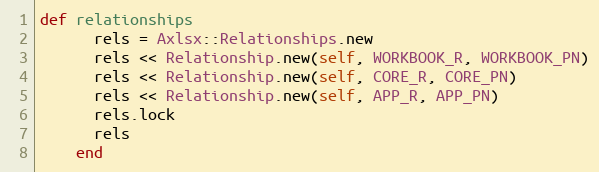
Language: Ruby
def relationships
      rels = Axlsx::Relationships.new
      rels << Relationship.new(self, WORKBOOK_R, WORKBOOK_PN)
      rels << Relationship.new(self, CORE_R, CORE_PN)
      rels << Relationship.new(self, APP_R, APP_PN)
      rels.lock
      rels
    end